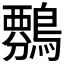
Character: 𪄏